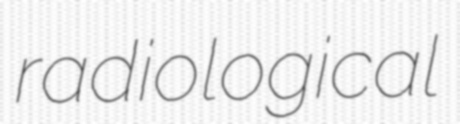
radiological